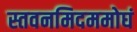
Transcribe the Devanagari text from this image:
स्तवनमिदममोघं